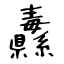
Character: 纛